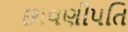
છાવણીપતિ